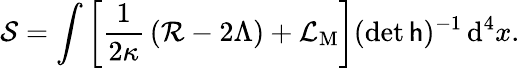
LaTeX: \mathcal{S}=\int\left[{\frac{{1}}{{2\kappa}}}\left({\mathcal{{R}}}-2\Lambda\right)+{\mathcal{{L}}}_{\mathrm{{M}}}\right](\operatorname*{det}{\mathsf{{h}}})^{-1}\, \mathrm{{d}}^{4}x.